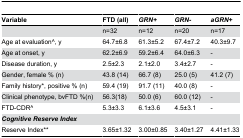
| Variable | FTD (all) | GRN+ | GRN- | aGRN+ |
 | --- | --- | --- | --- | --- |
 |  | n=32 | n=12 | n=20 | n=17 |
 | Age at evaluation^, y | 64.7±6.8 | 61.3±5.2 | 67.4±7.2 | 40.3±9.7 |
 | Age at onset, y | 62.2±6.9 | 59.2±6.4 | 64.0±6.3 | - |
 | Disease duration, y | 2.5±2.3 | 2.1±2.0 | 3.4±2.7 | - |
 | Gender, female % (n) | 43.8 (14) | 66.7 (8) | 25.0 (5) | 41.2 (7) |
 | Family history*, positive % (n) | 59.4 (19) | 91.7 (11) | 40.0 (8) | - |
 | Clinical phenotype, bvFTD %(n) | 56.3(18) | 50.0 (6) | 60.0 (12) | - |
 | FTD-CDR^ | 5.3±3.3 | 6.1±3.6 | 4.5±3.1 | - |
 | CognitiveReserveIndex |  |  |  |  |
 | Reserve Index** | 3.65±1.32 | 3.00±0.85 | 3.40±1.27 | 4.41±1.33 |